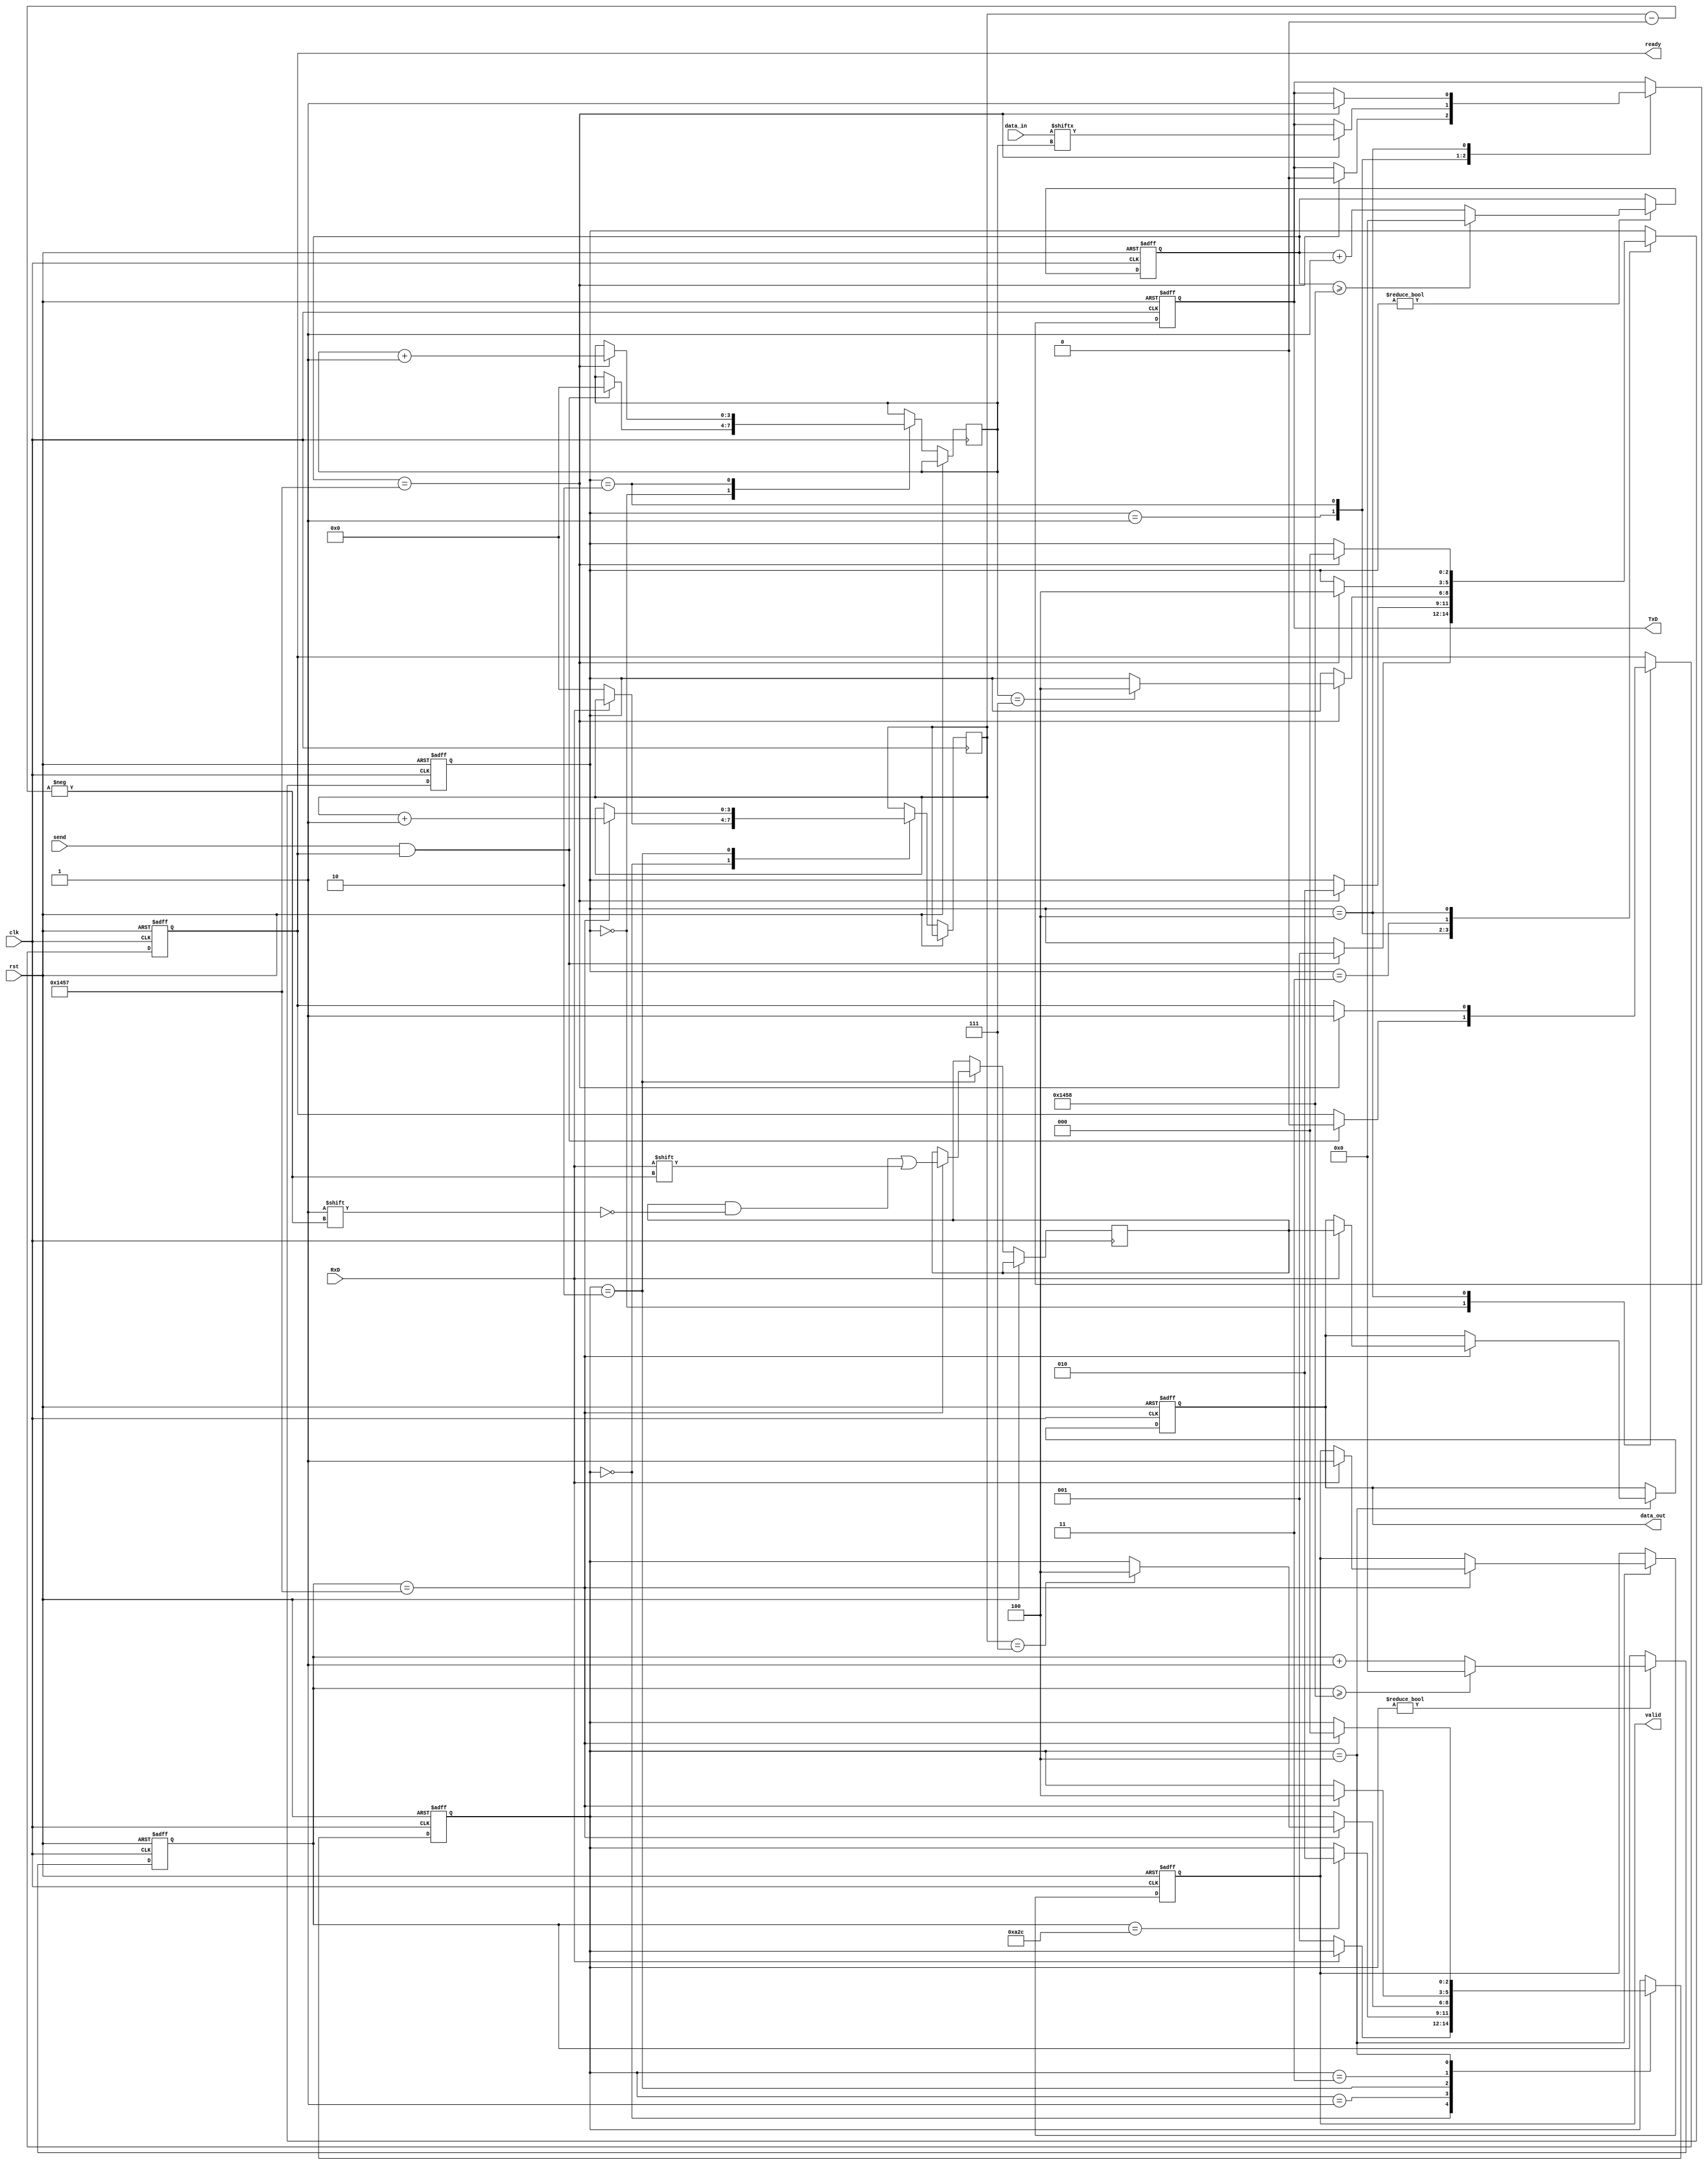
module parameterized_uart #(
    parameter BAUD_RATE = 9600,
    parameter DATA_BITS = 8,
    parameter STOP_BITS = 1,
    parameter PARITY = "NONE" // Options: "NONE", "EVEN", "ODD"
)(
    input wire clk,
    input wire rst,
    input wire RxD,
    input wire [DATA_BITS-1:0] data_in,
    input wire send,
    output reg TxD,
    output reg [DATA_BITS-1:0] data_out,
    output reg valid,
    output reg ready
);

    // Internal parameters
    localparam CLK_FREQ = 50000000; // Example clock frequency
    localparam BAUD_DIV = CLK_FREQ / BAUD_RATE;
    localparam TOTAL_BITS = DATA_BITS + (PARITY != "NONE" ? 1 : 0) + STOP_BITS;

    // Transmitter state machine states
    localparam TX_IDLE = 0, TX_START = 1, TX_DATA = 2, TX_PARITY = 3, TX_STOP = 4;
    reg [2:0] tx_state = TX_IDLE;
    reg [3:0] tx_bit_count = 0;
    reg [15:0] baud_counter = 0;

    // Receiver state machine states
    localparam RX_IDLE = 0, RX_START = 1, RX_DATA = 2, RX_PARITY = 3, RX_STOP = 4;
    reg [2:0] rx_state = RX_IDLE;
    reg [3:0] rx_bit_count = 0;
    reg [15:0] baud_counter_rx = 0;
    reg [DATA_BITS-1:0] rx_data;
    reg parity_bit;

    // Baud Rate Generator
    always @(posedge clk or posedge rst) begin
        if (rst) begin
            baud_counter <= 0;
            baud_counter_rx <= 0;
        end else begin
            if (tx_state != TX_IDLE) begin
                baud_counter <= baud_counter + 1;
                if (baud_counter >= BAUD_DIV) begin
                    baud_counter <= 0;
                end
            end
            
            if (rx_state != RX_IDLE) begin
                baud_counter_rx <= baud_counter_rx + 1;
                if (baud_counter_rx >= BAUD_DIV) begin
                    baud_counter_rx <= 0;
                end
            end
        end
    end

    // Transmitter Logic
    always @(posedge clk or posedge rst) begin
        if (rst) begin
            tx_state <= TX_IDLE;
            TxD <= 1; // Idle state for TxD
            ready <= 1;
        end else begin
            case (tx_state)
                TX_IDLE: begin
                    if (send && ready) begin
                        tx_state <= TX_START;
                        ready <= 0;
                        tx_bit_count <= 0;
                    end
                end
                TX_START: begin
                    if (baud_counter == BAUD_DIV - 1) begin
                        TxD <= 0; // Start bit
                        tx_state <= TX_DATA;
                    end
                end
                TX_DATA: begin
                    if (baud_counter == BAUD_DIV - 1) begin
                        TxD <= data_in[tx_bit_count]; // Send data bit
                        tx_bit_count <= tx_bit_count + 1;
                        if (tx_bit_count == DATA_BITS - 1) begin
                            if (PARITY != "NONE") begin
                                tx_state <= TX_PARITY;
                            end else begin
                                tx_state <= TX_STOP;
                            end
                        end
                    end
                end
                TX_PARITY: begin
                    if (baud_counter == BAUD_DIV - 1) begin
                        if (PARITY == "EVEN") begin
                            TxD <= ~^data_in; // Even parity
                        end else if (PARITY == "ODD") begin
                            TxD <= ^data_in; // Odd parity
                        end
                        tx_state <= TX_STOP;
                    end
                end
                TX_STOP: begin
                    if (baud_counter == BAUD_DIV - 1) begin
                        TxD <= 1; // Stop bit
                        tx_state <= TX_IDLE;
                        ready <= 1; // Ready for next transmission
                    end
                end
            endcase
        end
    end

    // Receiver Logic
    always @(posedge clk or posedge rst) begin
        if (rst) begin
            rx_state <= RX_IDLE;
            valid <= 0;
            data_out <= 0;
        end else begin
            case (rx_state)
                RX_IDLE: begin
                    if (!RxD) begin // Start bit detected
                        rx_state <= RX_START;
                        rx_bit_count <= 0;
                    end
                end
                RX_START: begin
                    if (baud_counter_rx == BAUD_DIV / 2) begin
                        rx_state <= RX_DATA; // Move to data reception
                    end
                end
                RX_DATA: begin
                    if (baud_counter_rx == BAUD_DIV - 1) begin
                        rx_data[rx_bit_count] <= RxD; // Receive data bit
                        rx_bit_count <= rx_bit_count + 1;
                        if (rx_bit_count == DATA_BITS - 1) begin
                            if (PARITY != "NONE") begin
                                rx_state <= RX_PARITY;
                            end else begin
                                rx_state <= RX_STOP;
                            end
                        end
                    end
                end
                RX_PARITY: begin
                    if (baud_counter_rx == BAUD_DIV - 1) begin
                        parity_bit <= RxD; // Read parity bit
                        // Check parity
                        if (PARITY == "EVEN" && (parity_bit != ~^rx_data)) begin
                            // Parity error
                        end else if (PARITY == "ODD" && (parity_bit != ^rx_data)) begin
                            // Parity error
                        end
                        rx_state <= RX_STOP;
                    end
                end
                RX_STOP: begin
                    if (baud_counter_rx == BAUD_DIV - 1) begin
                        if (RxD) begin // Check stop bit
                            data_out <= rx_data; // Output received data
                            valid <= 1; // Indicate valid data received
                        end
                        rx_state <= RX_IDLE; // Return to idle
                    end
                end
            endcase
        end
    end

endmodule